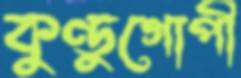
কুণ্ডুগোপী